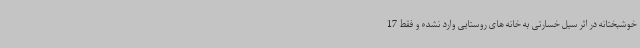
خوشبختانه در اثر سیل خسارتی به خانه های روستایی وارد نشده و فقط 17